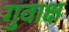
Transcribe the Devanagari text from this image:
गुवाक्ष